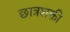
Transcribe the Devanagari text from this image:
छात्रशक्ती